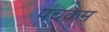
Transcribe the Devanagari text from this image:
पंचक्रम